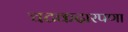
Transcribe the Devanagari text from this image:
चटकदारपणा